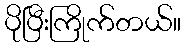
ပိုပြီးကြိုက်တယ်။